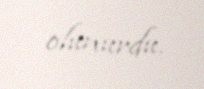
olunurdu.